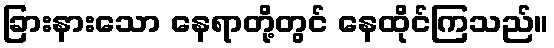
ခြားနားသော နေရာတို့တွင် နေထိုင်ကြသည်။